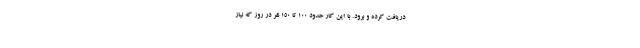
دریافت کرده و برود. با این کار حدود ۱۰۰ تا ۱۵۰ نفر در روز که نیاز